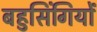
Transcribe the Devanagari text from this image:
बहुसिंगियों